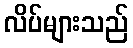
လိပ်များသည်